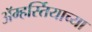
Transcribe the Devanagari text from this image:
ॲम्हर्स्तियाच्या